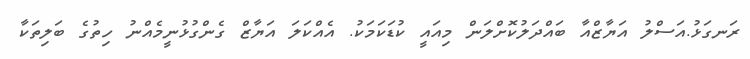
ރަނގަޅު.އަސްލު އަޔާޒްއާ ބައްދަލުކޮށްލަން މިއައީ ކުޑަކަމަކު. އެއްކަލަ އަޔާޒް ގެންގުޅުނީމެއްނު ހިތުގެ ބަލިތަކާ